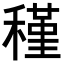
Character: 𥡣